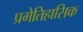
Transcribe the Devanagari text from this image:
प्रगेतिहासिक